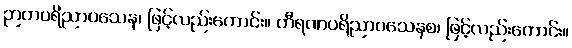
ဉာတပရိညာဝသေန၊ ဖြင့်လည်းကောင်း။ တီရဏပရိညာဝသေနစ၊ ဖြင့်လည်းကောင်း။